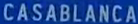
CASABLANCA